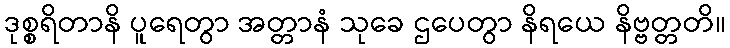
ဒုစ္စရိတာနိ ပူရေတွာ အတ္တာနံ သုခေ ဌပေတွာ နိရယေ နိဗ္ဗတ္တတိ။